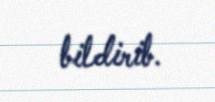
bildirib.